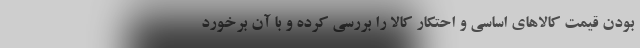
بودن قیمت کالاهای اساسی و احتکار کالا را بررسی کرده و با آن برخورد